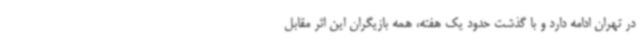
در تهران ادامه دارد و با گذشت حدود یک هفته، همه بازیگران این اثر مقابل